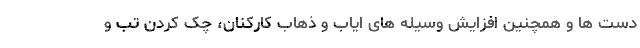
دست ها و همچنین افزایش وسیله های ایاب و ذهاب کارکنان، چک کردن تب و